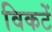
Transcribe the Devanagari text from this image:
विकटें